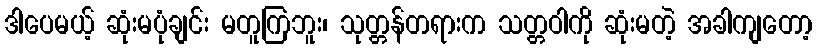
ဒါပေမယ့် ဆုံးမပုံချင်း မတူကြဘူး၊ သုတ္တန်တရားက သတ္တဝါကို ဆုံးမတဲ့ အခါကျတော့